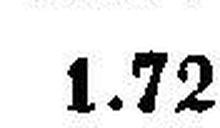
1.72